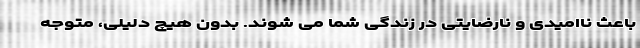
باعث ناامیدی و نارضایتی در زندگی شما می شوند. بدون هیچ دلیلی، متوجه